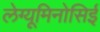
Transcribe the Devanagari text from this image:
लेग्यूमिनोसिई